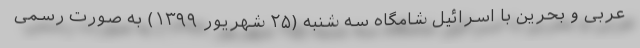
عربی و بحرین با اسرائیل شامگاه سه شنبه (۲۵ شهریور ۱۳۹۹) به صورت رسمی